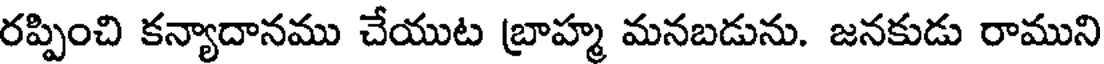
రప్పించి కన్యాదానము చేయుట బ్రాహ్మ మనబడును. జనకుడు రాముని